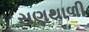
સણથાળી